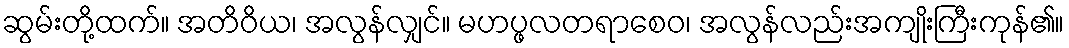
ဆွမ်းတို့ထက်။ အတိဝိယ၊ အလွန်လျှင်။ မဟပ္ဖလတရာစေဝ၊ အလွန်လည်းအကျိုးကြီးကုန်၏။